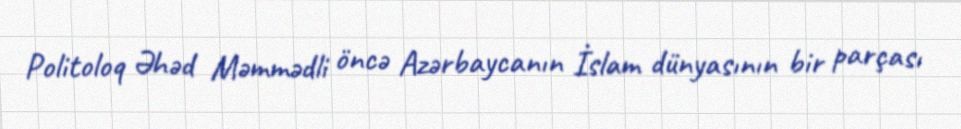
Politoloq Əhəd Məmmədli öncə Azərbaycanın İslam dünyasının bir parçası